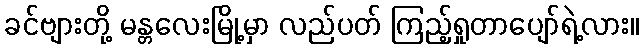
ခင်ဗျားတို့ မန္တလေးမြို့မှာ လည်ပတ် ကြည့်ရှုတာပျော်ရဲ့လား။